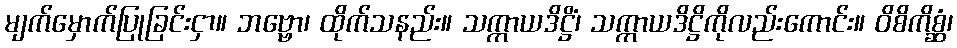
မျက်မှောက်ပြုခြင်းငှာ။ ဘဗ္ဗော၊ ထိုက်သနည်း။ သက္ကာယဒိဋ္ဌိံ၊ သက္ကာယဒိဋ္ဌိကိုလည်းကောင်း။ ဝိစိကိစ္ဆံ၊